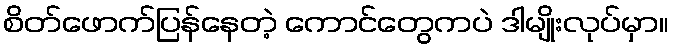
စိတ်ဖောက်ပြန်နေတဲ့ ကောင်တွေကပဲ ဒါမျိုးလုပ်မှာ။